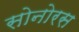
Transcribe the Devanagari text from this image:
सोनोरस